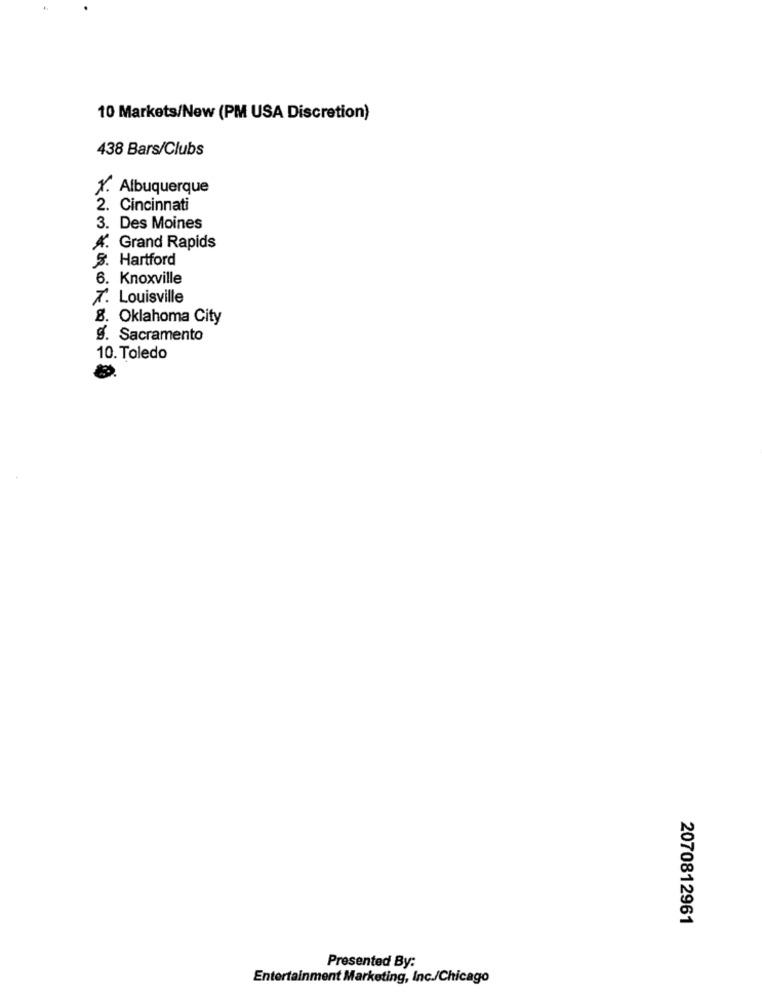
10 Markets/New (PM USA Discretion)
438 Bars/Clubs
X. Albuquerque
2. Cincinnati
3. Des Moines
A. Grand Rapids
$. Hartford
6. Knoxville
7. Louisville
8. Oklahoma City
9. Sacramento
10. Toledo
2070812961
Presented By:
Entertainment Marketing, Inc./Chicago